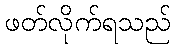
ဖတ်လိုက်ရသည်